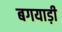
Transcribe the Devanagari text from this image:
बगयाड़ी